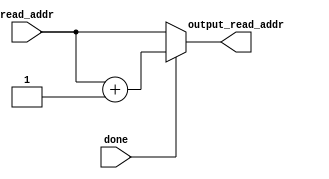
module program_counter(read_addr,done,output_read_addr);
	input[5:0] read_addr;
	input done;
	output reg[5:0] output_read_addr;
	
	always @(*) begin
		if (done == 1'b1) begin
			output_read_addr <= read_addr + 1;
			

		end
		else begin
			output_read_addr <= read_addr;
		end
	
	end
	
	
	
		
endmodule